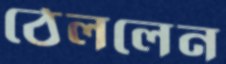
ঠেললেন